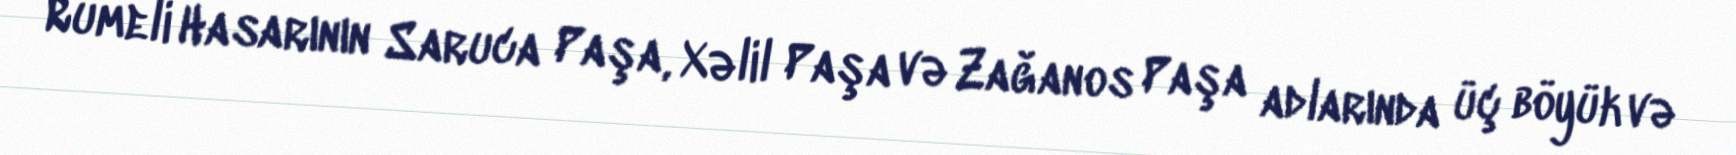
Rumeli Hasarının Saruca Paşa, Xəlil Paşa və Zağanos Paşa adlarında üç böyük və